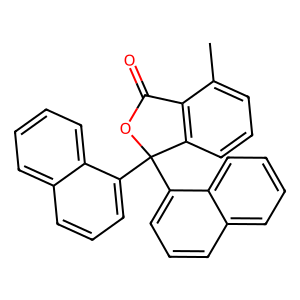
SMILES: Cc1cccc2c1C(=O)OC2(c1cccc2ccccc12)c1cccc2ccccc12
Inhibits HIV replication: No